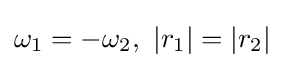
\omega _{1}=-\omega _{2},\ |r_{1}|=|r_{2}|